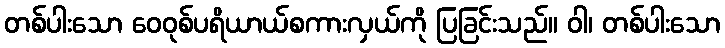
တစ်ပါးသော ဝေဝုစ်ပရိယာယ်စကားလှယ်ကို ပြခြင်းသည်။ ဝါ၊ တစ်ပါးသော